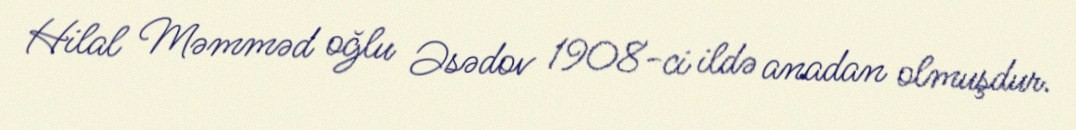
Hilal Məmməd oğlu Əsədov 1908-ci ildə anadan olmuşdur.